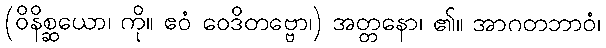
(ဝိနိစ္ဆယော၊ ကို။ ဧဝံ ဝေဒိတဗ္ဗော၊) အတ္တနော၊ ၏။ အာဂတဘာဝံ၊